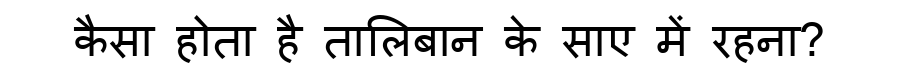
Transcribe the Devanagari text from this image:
कैसा होता है तालिबान के साए में रहना?